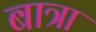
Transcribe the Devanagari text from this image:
बात्रा